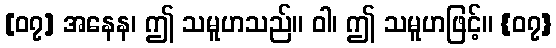
[၀၇] အနေန၊ ဤ သမူဟသည်။ ဝါ၊ ဤ သမူဟဖြင့်။ {၀၇}